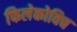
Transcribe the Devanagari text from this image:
फिलेकोविच